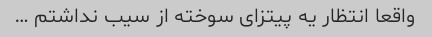
واقعا انتظار یه پیتزای سوخته از سیب نداشتم …